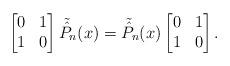
LaTeX: \begin{align*}\begin{bmatrix}0 & 1\\1 & 0\end{bmatrix} \tilde{\hat P}_n(x)=\tilde{\hat P}_n(x)\begin{bmatrix}0 & 1\\1 & 0\end{bmatrix}.\end{align*}